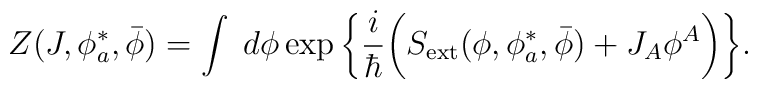
Z(J,\phi^*_{a},\bar{\phi})=\int\;d\phi\exp\bigg\{\frac{i}{\hbar}\bigg( S_{\rm ext}(\phi,\phi^*_{a},\bar{\phi})+J_A\phi^A\bigg)\bigg\}.